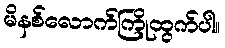
မိနစ်လောက်ကြိုထွက်ပါ။